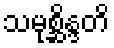
သမုစ္ဆိန္ဒတိ